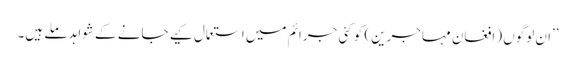
’’ان لوگوں (افغان مہاجرین) کو کئی جرائم میں استعمال کیے جانے کے شواہد ملے ہیں۔